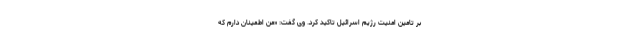
بر تامین امنیت رژیم اسرائیل تاکید کرد. وی گفت: «من اطمینان دارم که